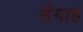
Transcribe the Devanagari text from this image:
तेंगाह